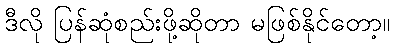
ဒီလို ပြန်ဆုံစည်းဖို့ဆိုတာ မဖြစ်နိုင်တော့။